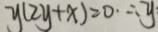
y ( 2 y + x ) = 0 \cdot \therefore y